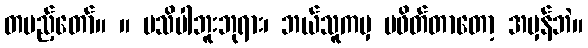
တပည့်တော်။ ။ မသိပါဘူးဘုရား၊ ဘယ်သူကမှ မဖိတ်တာတော့ အမှန်ဘဲ။